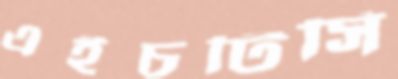
এইচটিসি